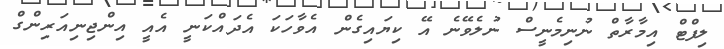
ލިފްޓް އިމާރާތް ނުނިމެނީސް ނުލެވޭނެ އޭ ކިޔައިގެން އެވާހަކަ އެދައްކަނީ އެއީ އިންޖިނިއަރިންގް